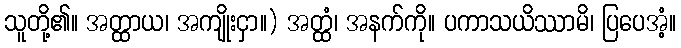
သူတို့၏။ အတ္ထာယ၊ အကျိုးငှာ။) အတ္ထံ၊ အနက်ကို။ ပကာသယိဿာမိ၊ ပြပေအံ့။